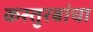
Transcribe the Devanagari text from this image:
कस्तुरबांचा